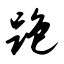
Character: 跑